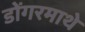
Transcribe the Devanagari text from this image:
डोंगरमाथे